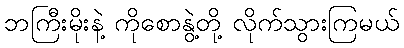
ဘကြီးမိုးနဲ့ ကိုစောနွဲ့တို့ လိုက်သွားကြမယ်